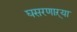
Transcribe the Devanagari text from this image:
घसरणाऱ्या